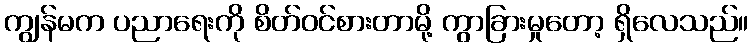
ကျွန်မက ပညာရေးကို စိတ်ဝင်စားတာမို့ ကွာခြားမှုတော့ ရှိလေသည်။